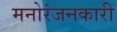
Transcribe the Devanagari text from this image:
मनोरंजनकारी